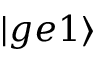
| g e 1 \rangle